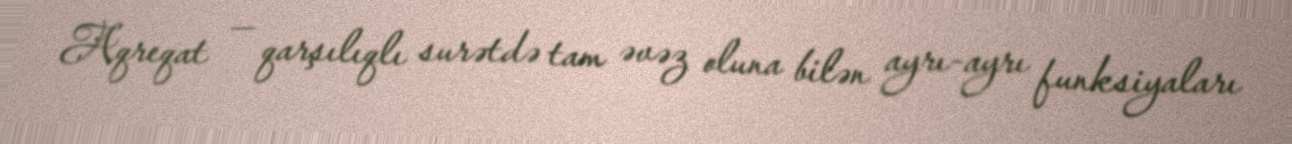
Aqreqat — qarşılıqlı surətdə tam əvəz oluna bilən ayrı-ayrı funksiyaları